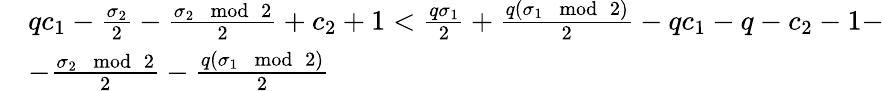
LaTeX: \begin{array}{rl}&{qc_{1}-\frac{\sigma_{2}}{2}-\frac{\sigma_{2}\mod 2}{2}+c_{2}+1<\frac{q\sigma_{1}}{2}+\frac{q(\sigma_{1}\mod 2)}{2}-qc_{1}-q-c_{2}-1-}\\ &{-\frac{\sigma_{2}\mod 2}{2}-\frac{q(\sigma_{1}\mod 2)}{2}}\end{array}